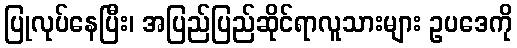
ပြုလုပ်နေပြီး၊ အပြည်ပြည်ဆိုင်ရာလူသားများ ဥပဒေကို